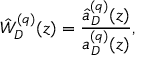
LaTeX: \hat { W } _ { D } ^ { ( q ) } ( z ) = \frac { \hat { a } _ { D } ^ { ( q ) } ( z ) } { a _ { D } ^ { ( q ) } ( z ) } ,